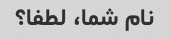
نام شما، لطفا؟